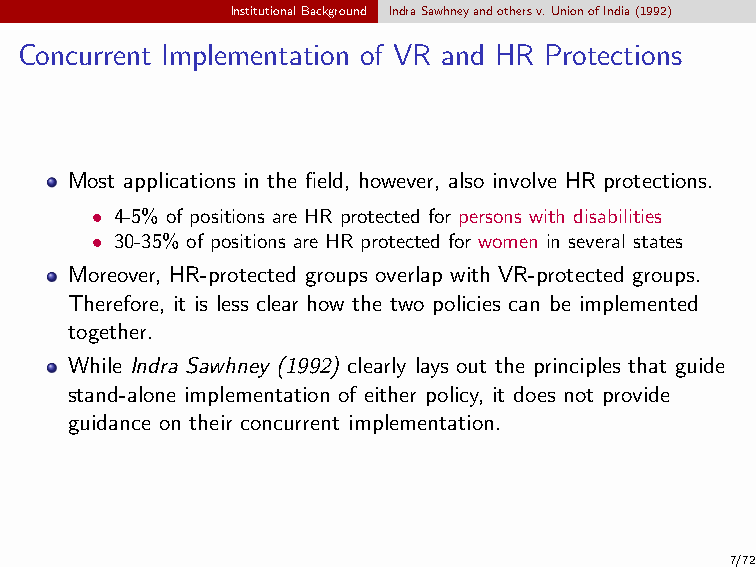
InstitutionalBackground IndraSawhneyandothersv.UnionofIndia(1992)
 Concurrent Implementation of VR and HR Protections
 Most applications in the field, however, also involve HR protections.
 • 4-5% of positions are HR protected for persons with disabilities
 • 30-35% of positions are HR protected for women in several states
 Moreover, HR-protected groups overlap with VR-protected groups.
 Therefore, it is less clear how the two policies can be implemented
 together.
 While Indra Sawhney (1992) clearly lays out the principles that guide
 stand-alone implementation of either policy, it does not provide
 guidance on their concurrent implementation.
 7/72